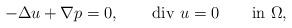
LaTeX: \begin{align*}-\Delta u+\nabla p=0, \qquad\mbox{div $u$}=0 \qquad\mbox{in $\Omega$},\end{align*}